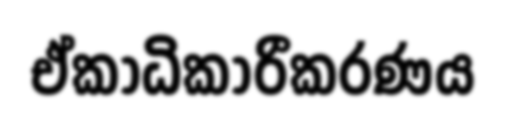
ඒකාධිකාරීකරණය